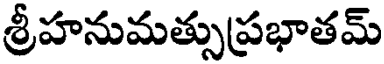
శ్రీహనుమత్సుప్రభాతమ్